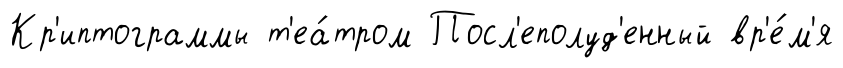
Кр'иптограммы т'еа́тром Посл'еполуд'енный вр'е́м'я